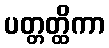
ပတ္တတ္ထိကာ